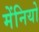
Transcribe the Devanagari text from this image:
मेंनियो